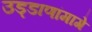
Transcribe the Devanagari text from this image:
उड्डाणांमागे